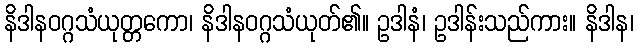
နိဒါနဝဂ္ဂသံယုတ္တကော၊ နိဒါနဝဂ္ဂသံယုတ်၏။ ဥဒါနံ၊ ဥဒါန်းသည်ကား။ နိဒါန၊